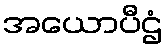
အယောပီဌံ